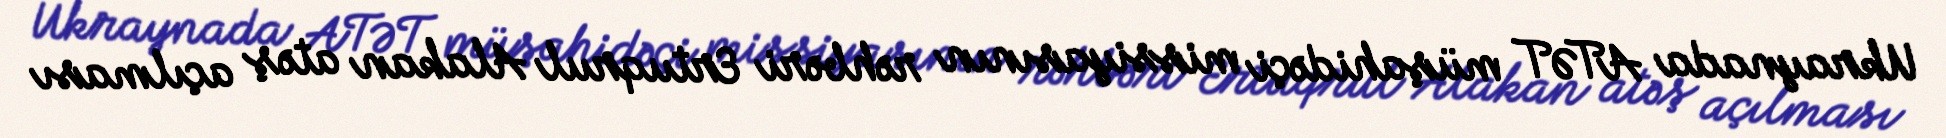
Ukraynada ATƏT müşahidəçi missiyasının rəhbəri Ertuqrul Alakan atəş açılması